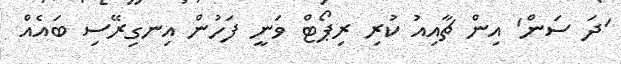
'ދަ ސަން' އިން ޗާއިއު ކުރި ރިޕޯޓް ވަނީ ފަހުން އިނގިރޭސި ބައެއް